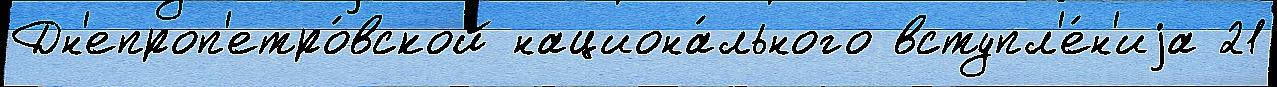
Дн'епроп'етро́вской национа́льного вступл'е́н'иjа 21